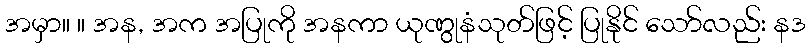
အမှာ။ ။ အန, အက အပြုကို အနကာ ယုဏွုနံသုတ်ဖြင့် ပြုနိုင် သော်လည်း နဒ